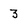
Character: 3